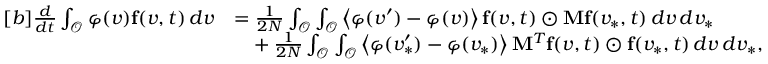
\begin{array} { r } { \begin{array} { r l } { [ b ] \frac { d } { d t } \int _ { \mathcal { O } } \varphi ( v ) \mathbf { f } ( v , t ) \, d v } & { = \frac { 1 } { 2 N } \int _ { \mathcal { O } } \int _ { \mathcal { O } } \left\langle \varphi ( v ^ { \prime } ) - \varphi ( v ) \right\rangle \mathbf { f } ( v , t ) \odot \mathbf { M } \mathbf { f } ( v _ { \ast } , t ) \, d v \, d v _ { \ast } } \\ & { \phantom { = } + \frac { 1 } { 2 N } \int _ { \mathcal { O } } \int _ { \mathcal { O } } \left\langle \varphi ( v _ { \ast } ^ { \prime } ) - \varphi ( v _ { \ast } ) \right\rangle \mathbf { M } ^ { T } \mathbf { f } ( v , t ) \odot \mathbf { f } ( v _ { \ast } , t ) \, d v \, d v _ { \ast } , } \end{array} } \end{array}